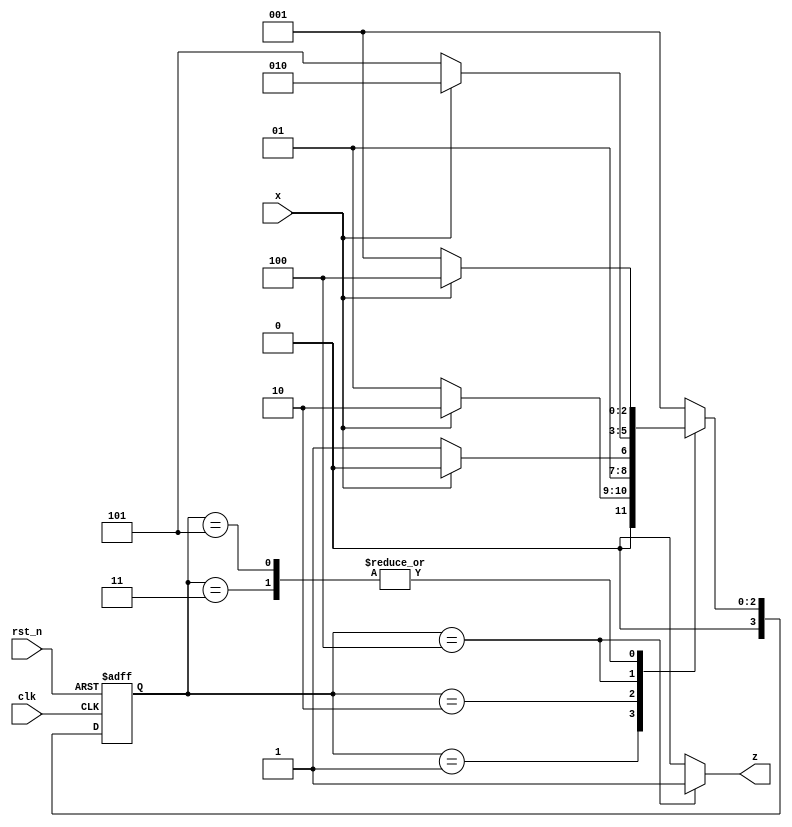
module moore_overlapping (input clk, rst_n, x, output z);
  parameter A = 4'h1;
  parameter B = 4'h2;
  parameter C = 4'h3;
  parameter D = 4'h4;
  parameter E = 4'h5;
  
  reg[3:0] state, next_state;
  always @(posedge clk or negedge rst_n) begin
    if(!rst_n) begin 
      state <= A;
    end
    else state <= next_state;
  end
  
  always @(state or x) begin
    case(state)
      A: begin
           if(x == 0) next_state = A;
           else       next_state = B;
         end
      B: begin
           if(x == 0) next_state = C;
           else       next_state = B;
         end
      C: begin
           if(x == 0) next_state = A;
           else       next_state = D;
         end
      D: begin
           if(x == 0) next_state = E;
           else       next_state = B;
         end
      E: begin
           if(x == 0) next_state = A;
           else       next_state = D;
         end
      default: next_state = A;
    endcase
  end
  assign z = (state == D)? 1:0;
endmodule